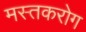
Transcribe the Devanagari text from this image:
मस्तकरोग